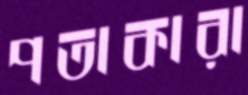
পতাকারা